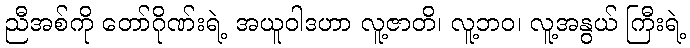
ညီအစ်ကို တော်ဂိုဏ်းရဲ့ အယူဝါဒဟာ လူ့ဇာတိ၊ လူ့ဘဝ၊ လူ့အနွယ် ကြီးရဲ့